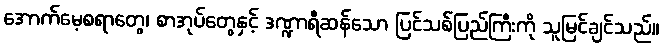
အောက်မေ့စရာတွေ၊ စာအုပ်တွေနှင့် ဒဏ္ဍာရီဆန်သော ပြင်သစ်ပြည်ကြီးကို သူမြင်ချင်သည်။